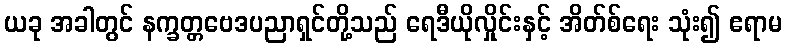
ယခု အခါတွင် နက္ခတ္တဗေဒပညာရှင်တို့သည် ရေဒီယိုလှိုင်းနှင့် အိတ်စ်ရေး သုံး၍ ဧရာမ